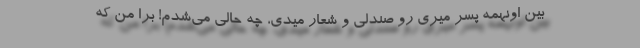
بین اونهمه پسر میری رو صندلی و شعار میدی، چه حالی می‌شدم! برا من که